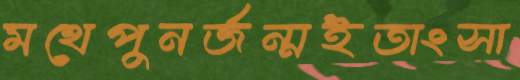
মথেপুনর্জন্মইতাংসা